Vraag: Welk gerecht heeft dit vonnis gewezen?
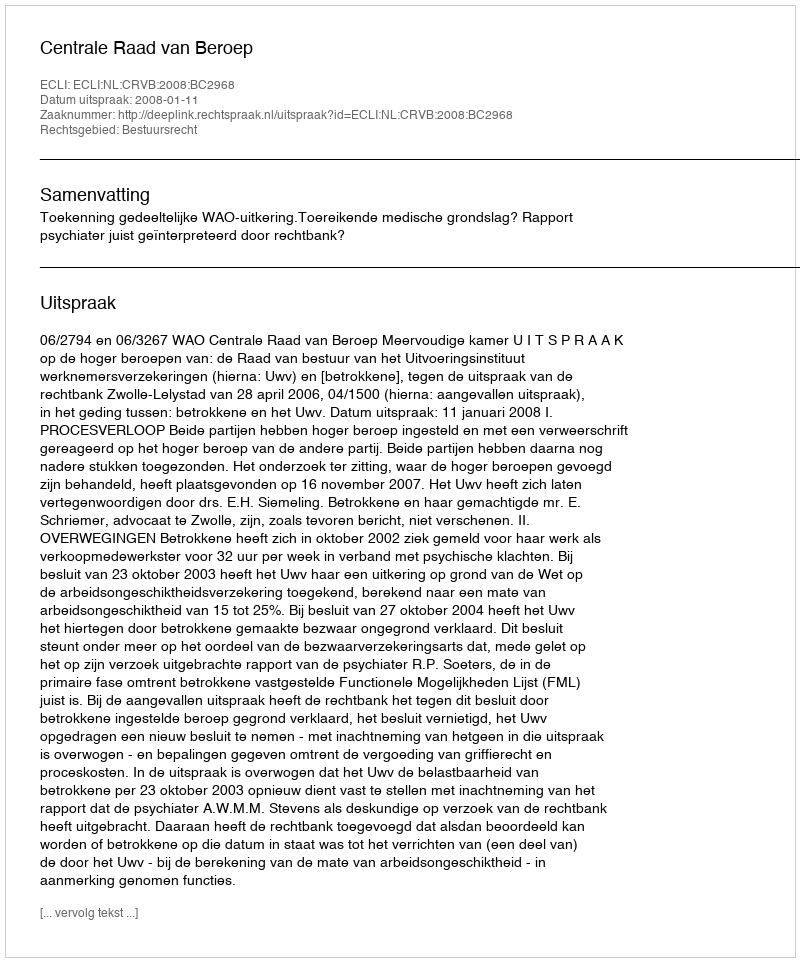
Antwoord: Centrale Raad van Beroep